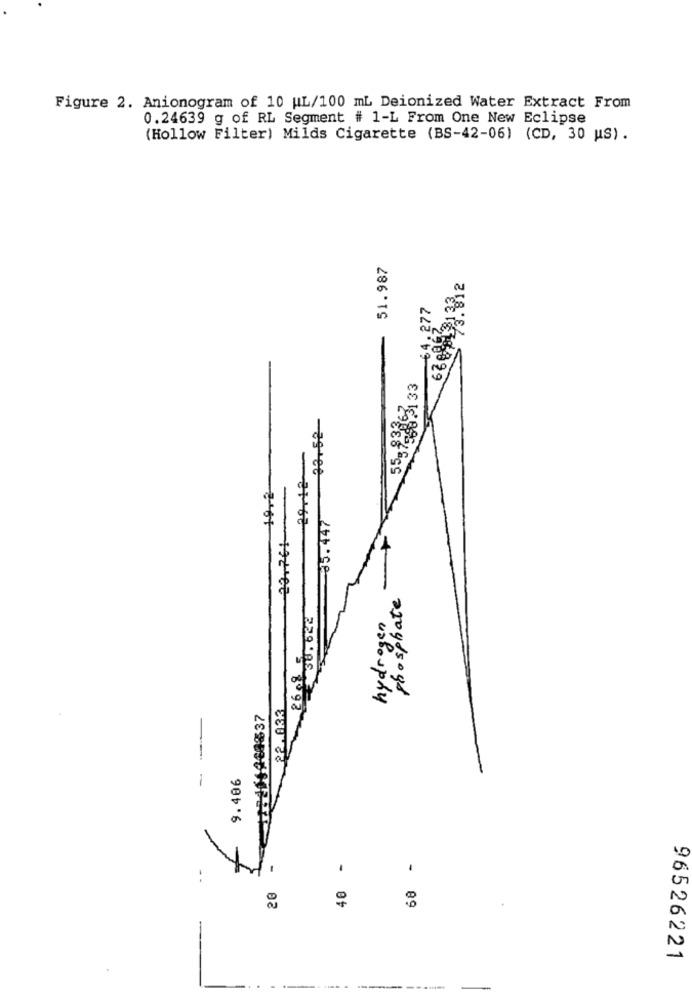
Figure 2. Anionogram of 10 WL/100 mL Deionized Water Extract From
0.24639 g of RL Segment # 1-L From One New Eclipse
(Hollow Filter) Milds Cigarette (BS-42-06) (CD, 30 US) .
51.987
6809131332
64.277
5,9- 63, 33
33.52-
29.12
19-2
23.761
35.447
phosphate
38.642
hydrogen
2608 5
22.033
-
9.406
40 -
68 -
20
96526221